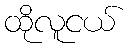
ထိုလူငယ်